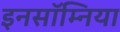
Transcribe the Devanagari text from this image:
इनसॉम्निया